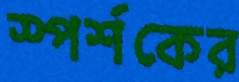
স্পর্শকের